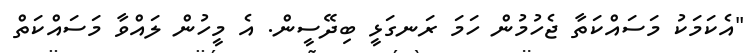
"އެކަމަކު މަސައްކަތާ ޖެހުމުން ހަމަ ރަނގަޅީ ބިދޭސީން. އެ މީހުން ލައްވާ މަސައްކަތް